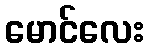
မောင်လေး